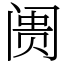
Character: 阓